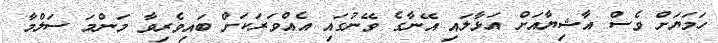
ހަމަޔަށް ވެސް އާޝިޔާއަށް އަޅާލައި އޭނާގެ ވޭނުގައި އެއްވަރަކަށް ބައިވެރިވާ މަންމަ ސަލްމާ